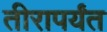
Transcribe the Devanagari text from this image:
तीरापर्यंत